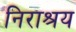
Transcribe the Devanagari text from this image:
निराश्रय